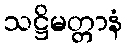
သဋ္ဌိမတ္တာနံ